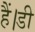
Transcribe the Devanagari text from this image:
हैं।डी